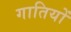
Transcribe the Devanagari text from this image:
गातियों